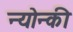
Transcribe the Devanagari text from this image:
न्योन्की